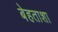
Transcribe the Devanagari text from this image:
बेहताशा